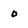
Character: o